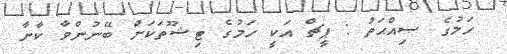
ހަމުގެ ޞިއްޙަތު : ޕީޗް އަކީ ހަމުގެ ޓިޝޫތަކަށް ބޭނުންވާ ކާނާ